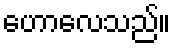
ဟောလေသည်။